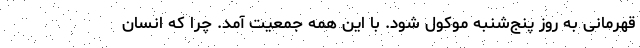
قهرمانی به روز پنج‌شنبه موکول شود. با این همه جمعیت آمد. چرا که انسان